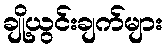
ချို့ယွင်းချက်များ